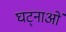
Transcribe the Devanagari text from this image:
घट्नाओं